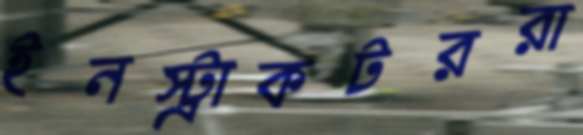
ইনস্ট্রাকটররা